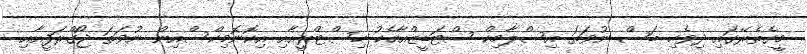
މީގެތެރޭގައި ދިވެހި ބަސް ނުވަތަ އިސްލާމިކް ސްޓަޑީޒްއާއެކު ހިސްޓްރީއާއި އިކޮނޮމިކްސްއިން ނުވަތަ ޖޯގްރަފީއާއި